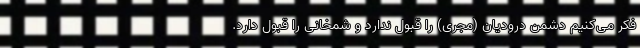
فکر می‌کنیم دشمن درودیان (مجری) را قبول ندارد و شمخانی را قبول دارد.